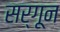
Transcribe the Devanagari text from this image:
सर्गून